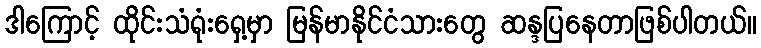
ဒါကြောင့် ထိုင်းသံရုံးရှေ့မှာ မြန်မာနိုင်ငံသားတွေ ဆန္ဒပြနေတာဖြစ်ပါတယ်။